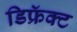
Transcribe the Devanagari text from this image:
डिफ्रॅक्ट